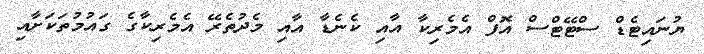
ޔުނައިޓެޑް ސްޓޭޓްސް އޮފް އެމެރިކާ އާއި ކެނެޑާ އާއި މެދުތެރޭ އެމެރިކާގެ ގައުމުތަކަށާއި